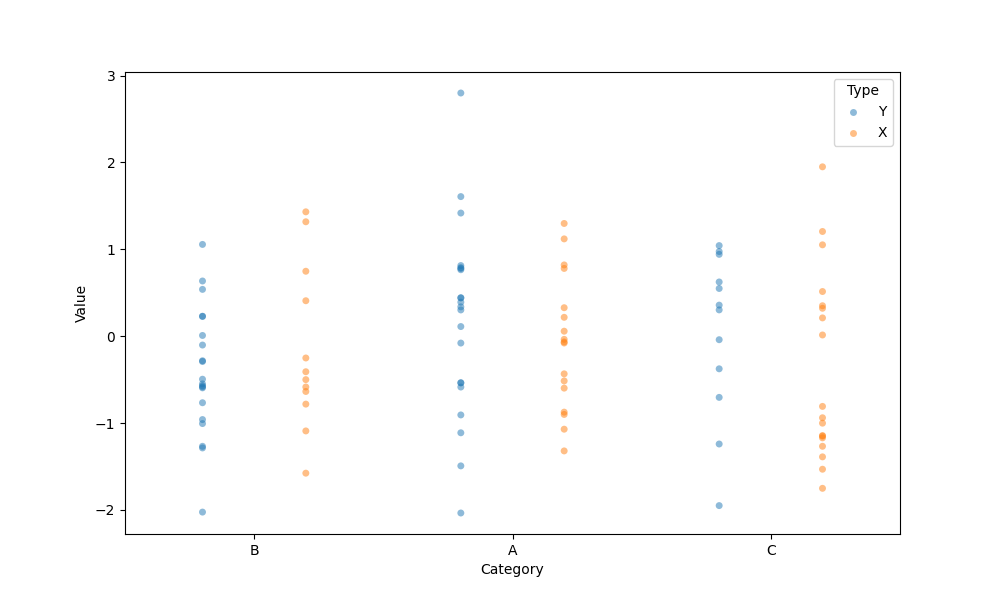
python, seaborn, stripplot, jitter=False, dodge=True, alpha=0.5, size=5